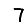
Digit: 7